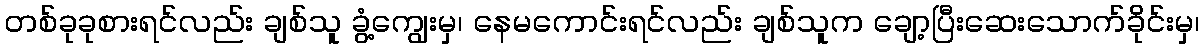
တစ်ခုခုစားရင်လည်း ချစ်သူ ခွံ့ကျွေးမှ၊ နေမကောင်းရင်လည်း ချစ်သူက ချော့ပြီးဆေးသောက်ခိုင်းမှ၊